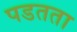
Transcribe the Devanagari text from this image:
पडतता